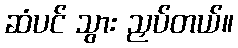
ဆံပင် သွား ညှပ်တယ်။